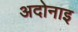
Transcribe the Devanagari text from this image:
अदोनाइ